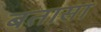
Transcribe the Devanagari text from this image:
बतासा